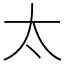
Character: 太